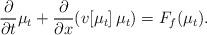
LaTeX: \begin{align*}\frac{\partial}{\partial t}\mu_t + \frac{\partial}{\partial x} (v[\mu_t]\,\mu_t ) = F_f(\mu_t).\end{align*}